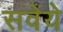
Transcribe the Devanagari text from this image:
सवेये